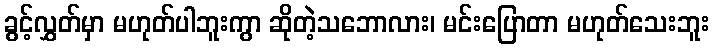
ခွင့်လွှတ်မှာ မဟုတ်ပါဘူးကွာ ဆိုတဲ့သဘောလား၊ မင်းပြောတာ မဟုတ်သေးဘူး